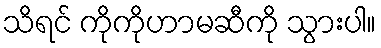
သိရင် ကိုကိုဟာမဆီကို သွားပါ။